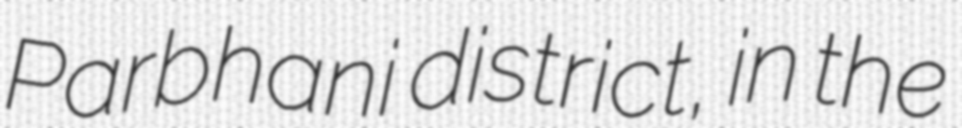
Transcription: Parbhani district, in the